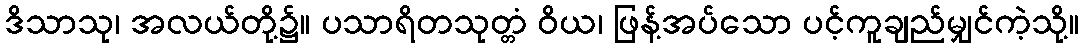
ဒိသာသု၊ အလယ်တို့၌။ ပသာရိတသုတ္တံ ဝိယ၊ ဖြန့်အပ်သော ပင့်ကူချည်မျှင်ကဲ့သို့။